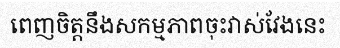
ពេញចិត្តនឹងសកម្មភាពចុះវាស់វែងនេះ